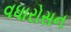
વધારોસન